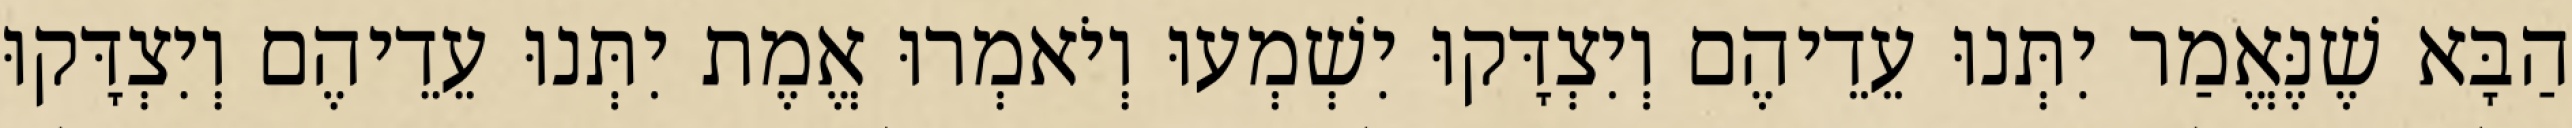
הַבָּא שֶׁנֶּאֱמַר יִתְּנוּ עֵדֵיהֶם וְיִצְדָּקוּ יִשְׁמְעוּ וְיֹאמְרוּ אֱמֶת יִתְּנוּ עֵדֵיהֶם וְיִצְדָּקוּ